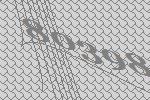
80398